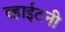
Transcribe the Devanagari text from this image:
व्हाईटनी